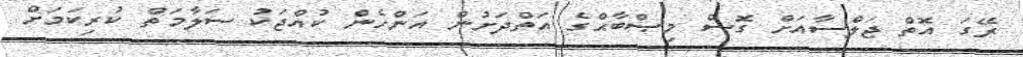
ރޭގަ އޮތް ޖަލްސާއަށް ގޮސް މިޞްބާޙްގެ އަތްދަށުން އަންހެން ކުއްޖަކު ސަލާމަތް ކުރިކަމަށް